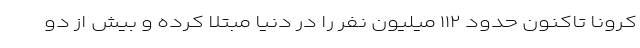
کرونا تاکنون حدود ۱۱۲ میلیون نفر را در دنیا مبتلا کرده و بیش از دو